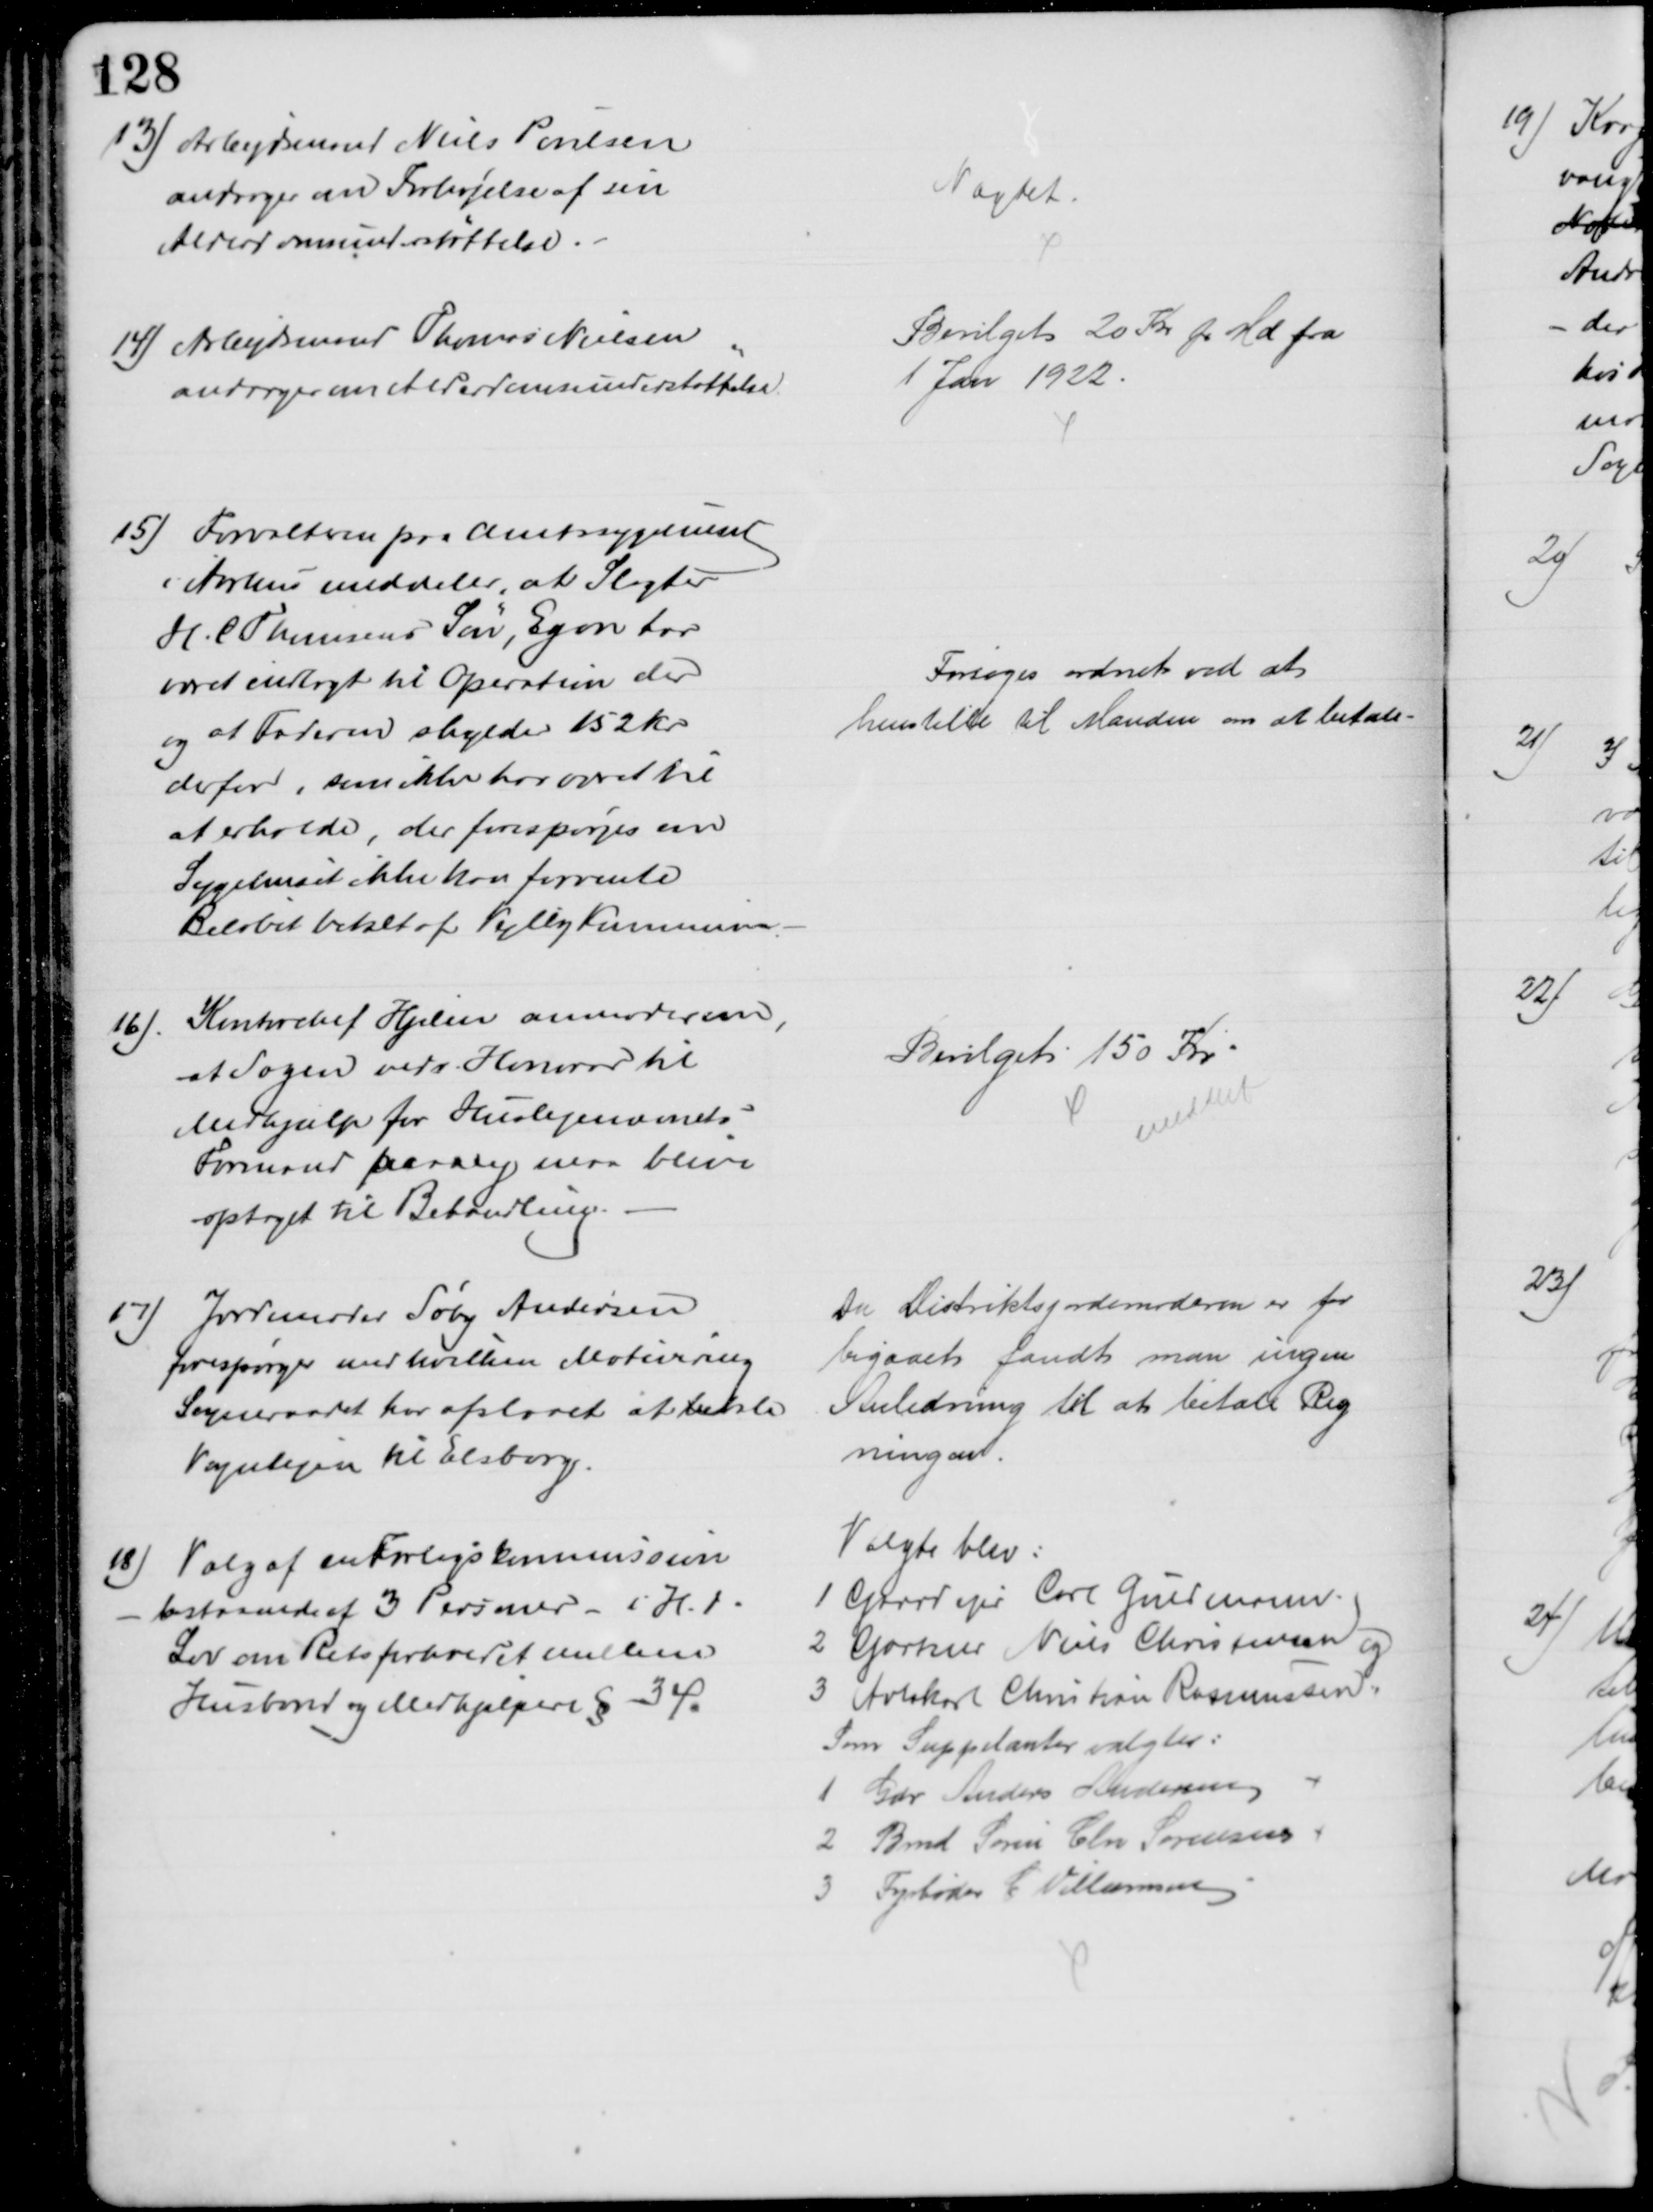
Transskription:
13) Arbejdsmand Niels Poulsen
andrager om Forhøjelse af sin
Alderdomsunderstøttelse.
Nægtet.
14) Arbejdsmand Thomas Nielsen
andrager om Alderdomsunderstøttelse.
Bevilget 20 Kr pr Md fra
1 Jan 1922.
15) Forvalteren paa Amtssygehuset
i Aarhus meddeler, at Slagter
H. C Thomsens Søn, Egon har
været indlagt til Operation der
og at Faderen skylder 152 kr
derfor, som ikke har været til
at erholde der forespørges om
Sygehuset ikke kan forvente
Beløbet betalt af Vejlby Kommune.
Forsøges ordnet ved at
henstille til Manden om at betale
16).
Kontorchef Hjelm anmoder om
at Sagen vedr. Honorar til
Medhjælp for Huslejenævnets
Formand paany maa blive
optaget til Behandling.
Bevilget 150 Kr
meddelt
17) Jordemoder Søby Andersen
forespørger med hvilken Motivering
Sogneraadet har afslaaet at betale
Vognlejen til Elsborg.
Da Distriktsjordemoderen er for 
bigaaet fandt man ingen
Anledning til at betale Reg
ningen
18)
Valg af en Forligskommission
- bestaaende af 3 Personer - i H. t.
Lov om Retsforholdet mellem
Husbond og Medhjælpere § 34.
Valgte blev:
1 Gaardejer Carl Guldmann.
2 Gartner Niels Christensen og
3 Avlskarl Christian Rasmussen.
Som Suppleanter valgtes:
1 Gdr. Anders Andersen
2 Bmd Søren Chr Sørensen
3 Fyrbøder C Villumsen